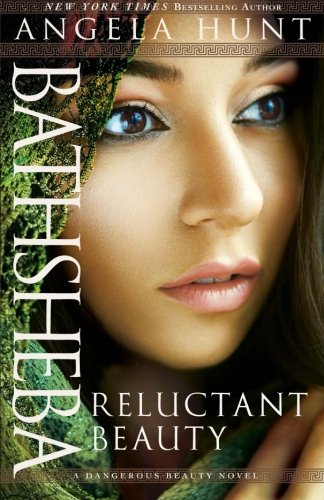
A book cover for Bathsheba: Reluctant Beauty (A Dangerous Beauty Novel); Angela Hunt; Romance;